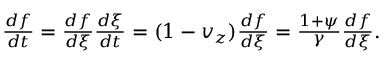
\begin{array} { r } { \frac { d f } { d t } = \frac { d f } { d \xi } \frac { d \xi } { d t } = ( 1 - v _ { z } ) \frac { d f } { d \xi } = \frac { 1 + \psi } { \gamma } \frac { d f } { d \xi } . } \end{array}